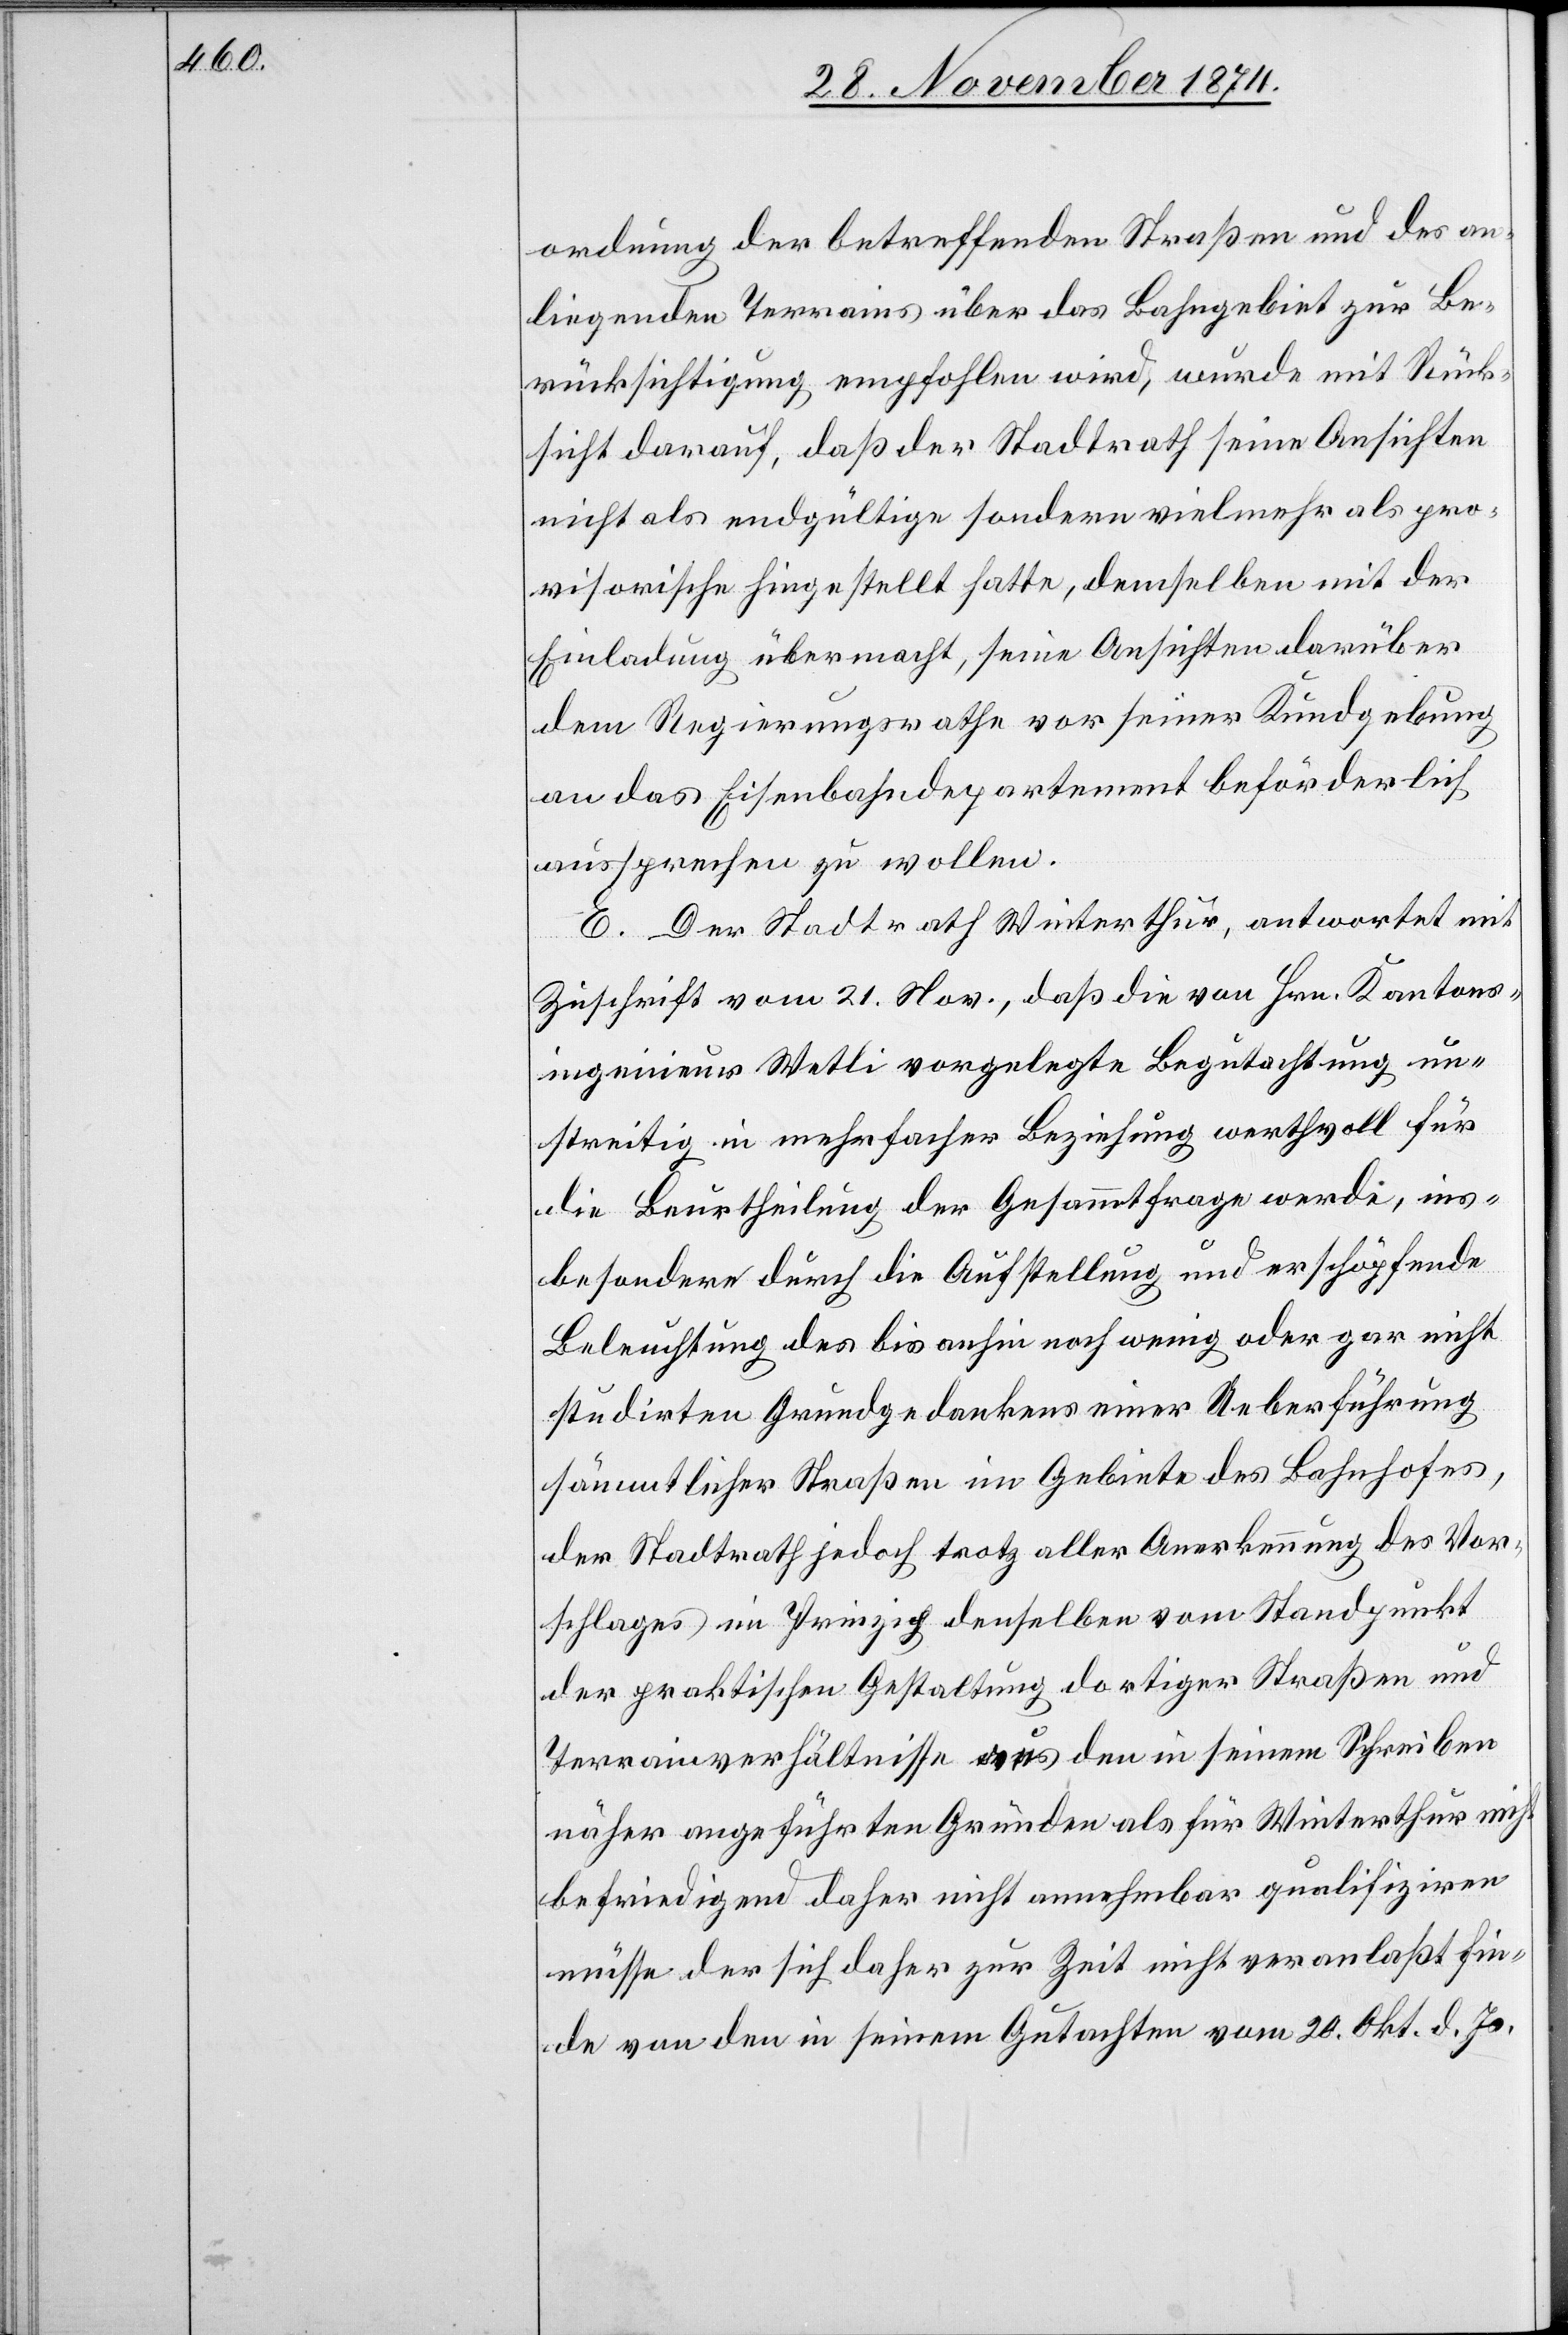
ordnung der betreffenden Straßen und des an¬
liegenden Terrains über das Bahngebiet zur Be¬
rücksichtigung empfohlen wird, wurde mit Rück¬
sicht darauf, daß der Stadtrath seine Ansichten
nicht als endgültige sondern vielmehr als pro¬
visorische hingestellt hatte, demselben mit der
Einladung übermacht, seine Ansichten darüber
dem Regierungsrathe vor seiner Kundgebung
an das Eisenbahndepartement beförderlich
aussprechen zu wollen.
E. Der Stadtrath Winterthur, antwortet mit
Zuschrift vom 21. Nov., daß die von Hrn. Kantons¬
ingenieur Wetli vorgelegte Begutachtung un¬
streitig in mehrfacher Beziehung werthvoll für
die Beurtheilung der Gesammtfrage werde, ins¬
besondere durch die Aufstellung und erschöpfende
Beleuchtung des bis anhin noch wenig oder gar nicht
studirten Grundgedankens einer Ueberführung
sämmtlicher Straßen im Gebiete des Bahnhofes,
der Stadtrath jedoch trotz aller Anerkennung des Vor¬
schlages im Prinzip denselben vom Standpunkt
der praktischen Gestaltung dortiger Straßen und
Terrainverhältnisse aus den in seinem Schreiben
näher angeführten Gründen als für Winterthur nicht
befriedigend daher nicht annehmbar qualifiziren
müsse der sich daher zur Zeit nicht veranlaßt fin¬
de von den in seinem Gutachten vom 20. Okt. d. Js.